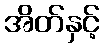
အိတ်နှင့်